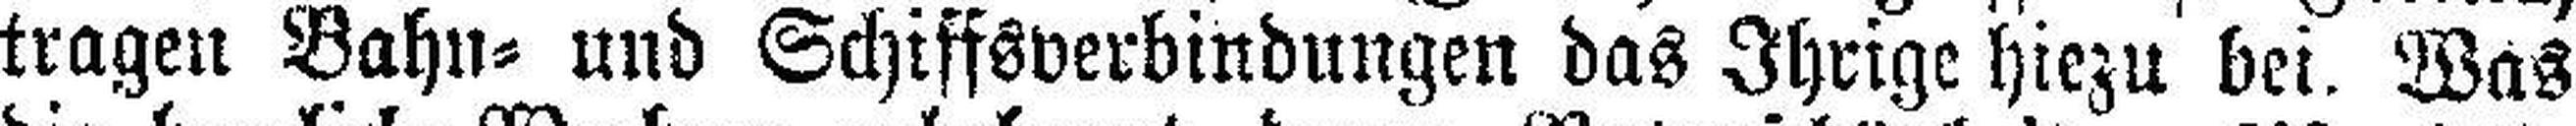
tragen Bahn= und Schiffsverbindungen das Ihrige hiezu bei. Was